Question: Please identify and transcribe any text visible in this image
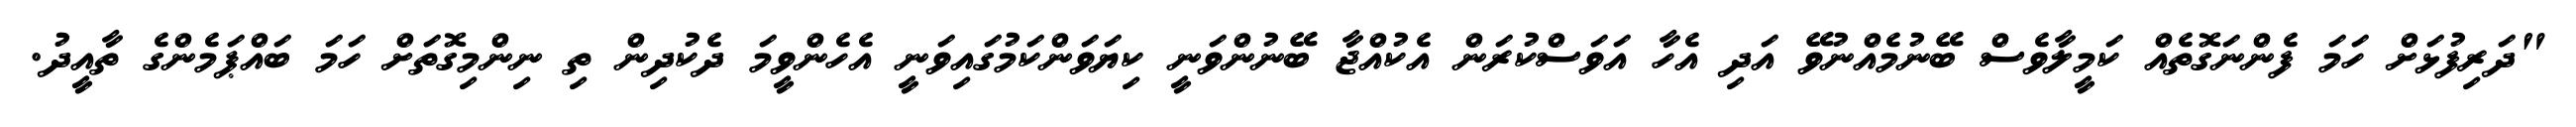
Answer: "ދަރިފުޅަށް ހަމަ ފެންނަގޮތެއް ކަމީލާވެސް ބޭނުމެއްނުވޭ އަދި އެހާ އަވަސްކުރަން އެކުއްޖާ ބޭނުންވަނީ ކިޔަވަންކަމުގައިވަނީ އެހެންވީމަ ދެކުދިން ތި ނިންމިގޮތަށް ހަމަ ބައްޕަމެންގެ ތާއީދު.